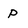
Character: P